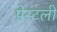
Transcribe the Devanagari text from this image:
प्रेस्टली